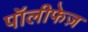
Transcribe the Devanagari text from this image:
पॉलीफेज़